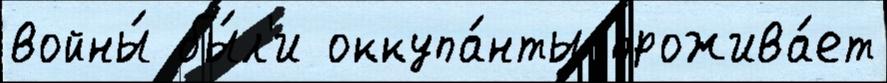
войны́ бы́л'и оккупа́нты прожива́ет